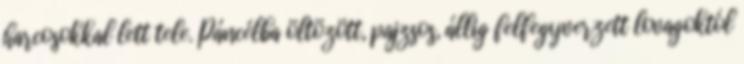
harcosokkal lett tele. Páncélba öltözött, pajzsos, állig felfegyverzett lovagoktól